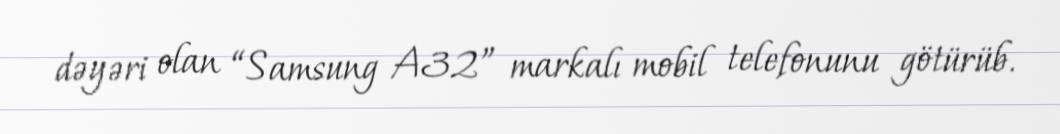
dəyəri olan “Samsung A32” markalı mobil telefonunu götürüb.